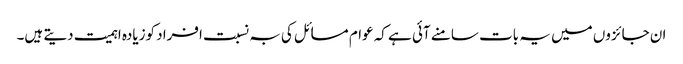
ان جائزوں میں یہ بات سامنے آئی ہے کہ عوام مسائل کی بہ نسبت افراد کوزیادہ اہمیت دیتے ہیں۔